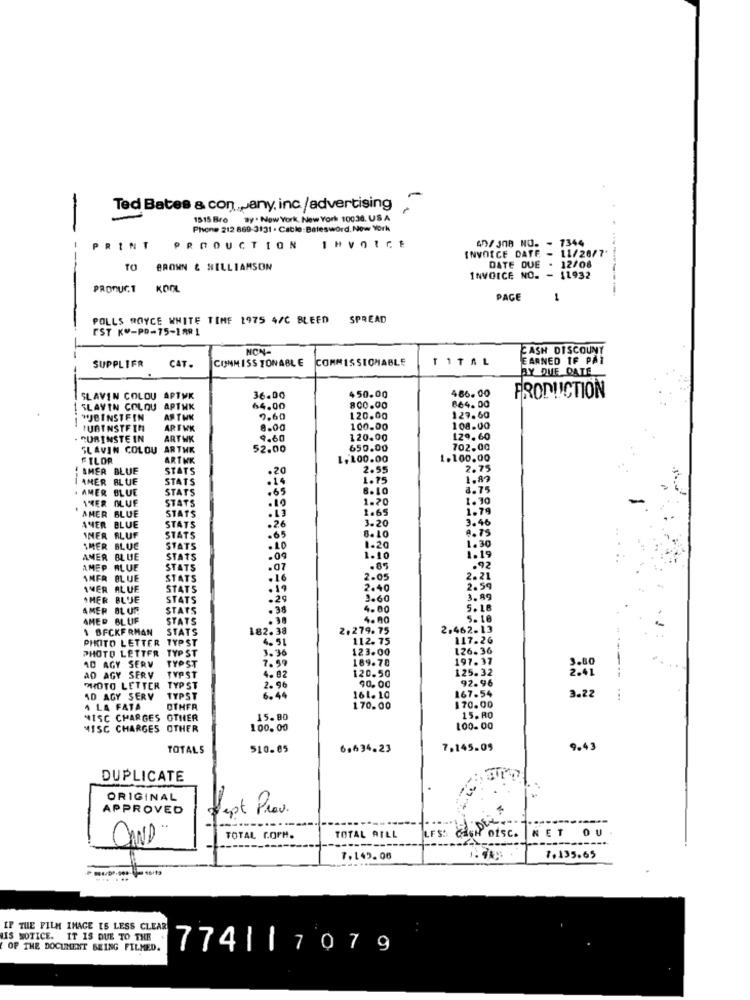
Ted Bates & con pany, inc/advertising
1515 Bro By . New York, New York 10036. US A
Phone 212 869-3131 . Cable:Batesword. New York
An/JOB NO. - 7344
PRINT
PRODUCTION 1HVOICE
- 11/26/7
INVOICE DATE
TO BROWN & WILLIAMSON
DATE DUE - 12/08
INVOICE NO. - 11932
PRODUCT KOOL
PAGE
1
POLLS ROYCE WHITE TIME 1975 4/C BLEED SPREAD
EST KO-PD-75-1881
NON
CASH DISCOUNT
CAT.
CINMISS TONABLE
COMMISSIONABLE
TITAL
EARNED IF PAY
SUPPLIFR
BY DUE DATE
486.00
SLAVIN COLOU APTWK
36.00
450.00
864.00
PRODUCTION
SLAVIN COLQU APTWK
64.00
800.00
WJBINSTEIN
7.60
120.00
129.60
--
RUBINSTEIN
ARTWK
8.00
100.00
108.00
RUBINSTEIN
ARTHK
9.60
120.00
129.60
SLAVIN COLOU ARTHK
52.00
650.00
702.00
FILOR
ARTWK
1, 100.00
1.100.00
SMER BLUE
STATS
.20
2.55
2.75
AMER BLUE
STATS
.14
1.75
1.89
AMER BLUE
STATS
.65
6.10
8.75
1HER OLUF
STATS
.10
1.20
1.70
AMER BLUE
STATS
.13
1.65
1.79
3.20
3.46
AVER BLUE
STATS
.26
9.75
INER RLUF
STATS
.65
8.10
1.30
IMER BLUC
STATS
1.20
AMER BLUE
STATS
.09
1.10
1.19
AMEP RLUE
STATS
.07
.85
.92
AMER BLUE
STATS
.16
2.05
IMER ALUE
STATS
2.40
2.59
SMER BLUE
STATS
.2
3.60
3.89
AMER BL UP
STATS
.38
4.00
5.18
AMER BLUF
STATS
4.00
5.18
1 BFCKF RMAN
STATS
182.38
2.279. 75
2.462.13
PIKITO LETTER
TYP ST
4.51
112. 75
117.26
PHOTO LETTER
TYP ST
3. 36
123.00
126.36
AD AGY SERV
TYP ST
7.50
189.70
197.37
3.80
120.50
125.32
2.41
-1-
AD AGY SERV TYPST
4.82
92.96
WHOTO LETTER
TYP ST
2.96
90,00
167.54
10 AGY SERV
TYPST
6. 44
161. 10
3.22
...
A LA FATA
OTHFR
170.00
170.00
NISC CHARGES OTHER
15.80
15. 00
MISC CHARGES OTHER
100.00
100.00
TOTALS
510.05
6.634.23
7.145.09
9.43
DUPLICATE
is
ORIGINAL
APPROVED
Sept Prov
------
NET OU
TOTAL COPH.
TOTAL AILL
LFS: CAGi ofsc.
7.149.06
7.135.65
....
IF THE FILM IMAGE IS LESS CLEAR
NIS NOTICE. IT IS DUE TO THE
OF THE DOCUMENT BEING FILMED.
77411707 9